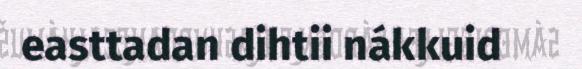
easttadan dihtii nákkuid